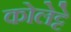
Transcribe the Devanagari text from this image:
कोलेट्टे